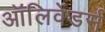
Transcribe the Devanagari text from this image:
ऑलिवेंडर्स